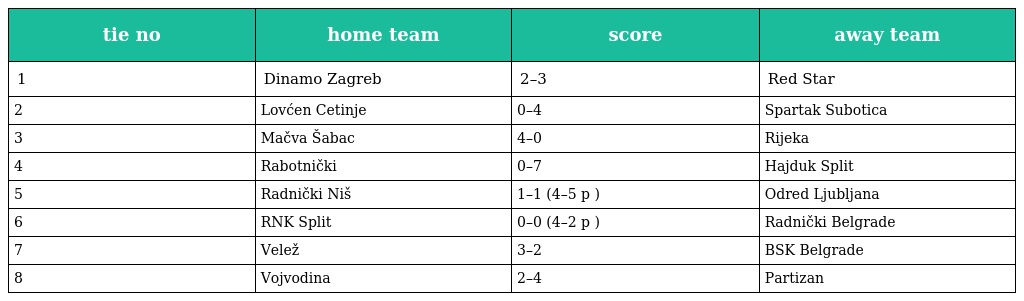
| tie no | home team | score | away team |
 | --- | --- | --- | --- |
 | 1 | Dinamo Zagreb | 2–3 | Red Star |
 | 2 | Lovćen Cetinje | 0–4 | Spartak Subotica |
 | 3 | Mačva Šabac | 4–0 | Rijeka |
 | 4 | Rabotnički | 0–7 | Hajduk Split |
 | 5 | Radnički Niš | 1–1 (4–5 p ) | Odred Ljubljana |
 | 6 | RNK Split | 0–0 (4–2 p ) | Radnički Belgrade |
 | 7 | Velež | 3–2 | BSK Belgrade |
 | 8 | Vojvodina | 2–4 | Partizan |